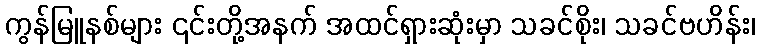
ကွန်မြူနစ်များ ၎င်းတို့အနက် အထင်ရှားဆုံးမှာ သခင်စိုး၊ သခင်ဗဟိန်း၊